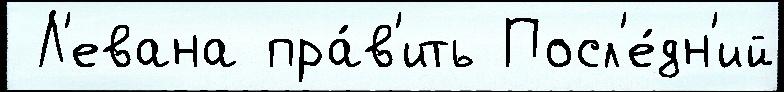
 Л'евана пра́в'ить Посл'е́дн'ий